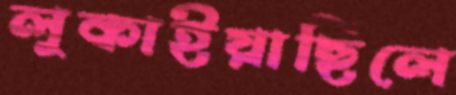
লুকাইয়াছিলে